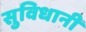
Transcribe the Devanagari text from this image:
सुविधानी